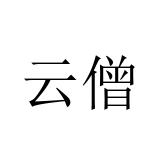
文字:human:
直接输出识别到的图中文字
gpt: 云僧